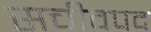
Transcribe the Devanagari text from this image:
सचीवपद